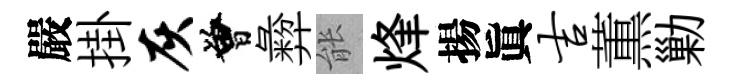
嚴掛灰曾彜䏻烽揚眞吉薫勦